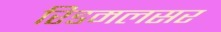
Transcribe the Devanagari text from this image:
रिडमलसर